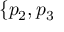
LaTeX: \{ p _ { 2 } , p _ { 3 }